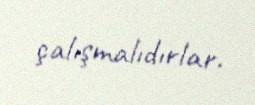
çalışmalıdırlar.